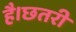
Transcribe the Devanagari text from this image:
है।छतरी